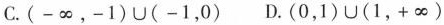
C.(-\infty,-1) \cup(-1,0) D.(0,1) \cup(1,+\infty)